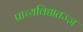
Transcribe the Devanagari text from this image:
प्राच्यविद्यातज्ज्ञ